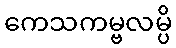
ကေသကမ္ဗလမ္ပိ